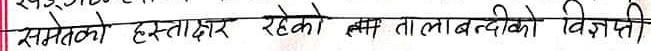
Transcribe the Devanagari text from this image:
समेतको हस्ताक्षर रहेको तल्प तालाबन्दीको विज्ञप्ती